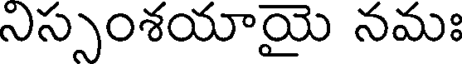
నిస్సంశయాయై నమః